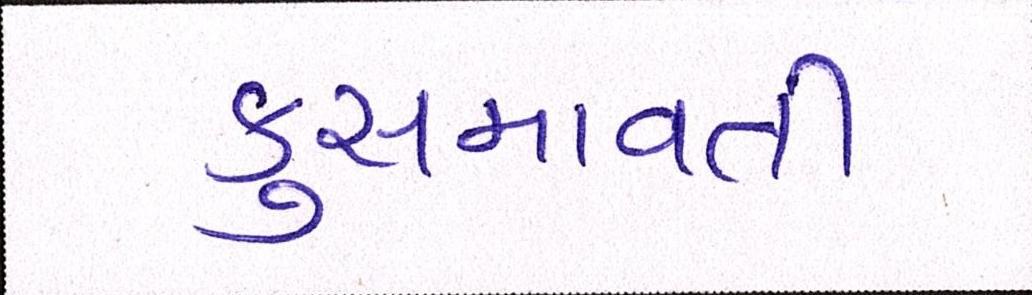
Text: કુસમાવતી